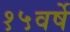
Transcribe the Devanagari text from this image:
१५वर्षे